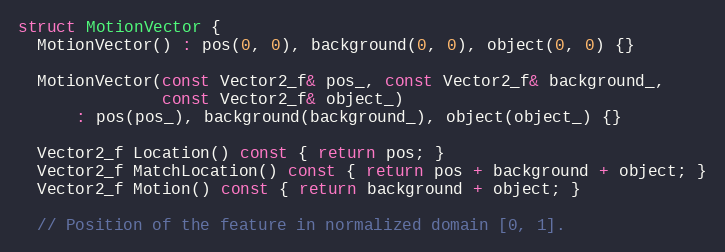
Language: C
struct MotionVector {
  MotionVector() : pos(0, 0), background(0, 0), object(0, 0) {}

  MotionVector(const Vector2_f& pos_, const Vector2_f& background_,
               const Vector2_f& object_)
      : pos(pos_), background(background_), object(object_) {}

  Vector2_f Location() const { return pos; }
  Vector2_f MatchLocation() const { return pos + background + object; }
  Vector2_f Motion() const { return background + object; }

  // Position of the feature in normalized domain [0, 1].